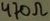
Text: 470Ω